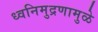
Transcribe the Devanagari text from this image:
ध्वनिमुद्रणामुळे